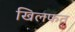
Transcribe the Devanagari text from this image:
खिलफत